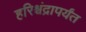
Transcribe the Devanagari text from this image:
हरिश्चंद्रापर्यंत